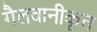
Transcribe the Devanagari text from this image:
गैलवानीकृत